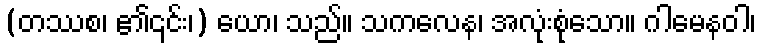
(တဿစ၊ ၏၎င်း၊) ယော၊ သည်။ သကလေန၊ အလုံးစုံသော။ ဂါမေနဝါ၊